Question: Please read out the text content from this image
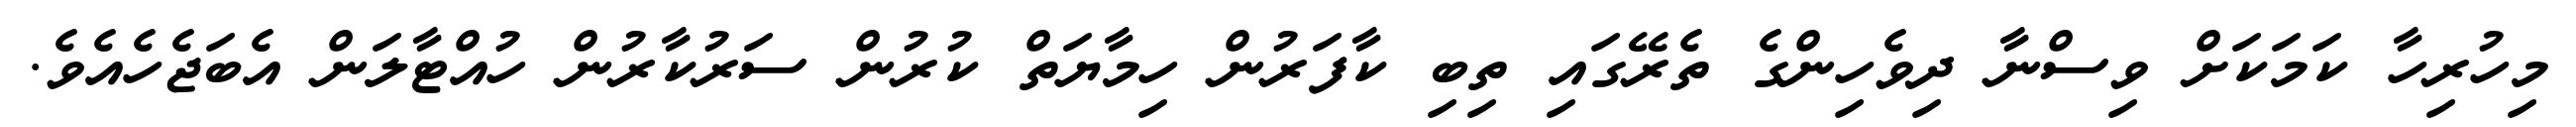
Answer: މިހުރިހާ ކަމަކަށް ވިސްނާ ދިވެހިންގެ ތެރޭގައި ތިބި ކާފަރުން ހިމާޔަތް ކުރުން ސަރުކާރުން ހުއްޓާލަން އެބަޖެހެއެވެ.